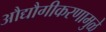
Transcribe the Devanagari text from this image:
औद्यौगीकरणामुळे